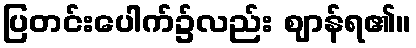
ပြတင်းပေါက်၌လည်း ဈာန်ရ၏။